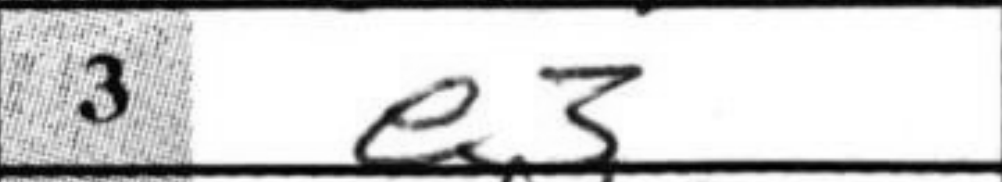
Transcription: e3